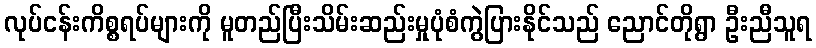
လုပ်ငန်းကိစ္စရပ်များကို မူတည်ပြီးသိမ်းဆည်းမှုပုံစံကွဲပြားနိုင်သည် ညောင်တိုရွာ ဦးညီသူရ